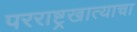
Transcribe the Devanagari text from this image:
परराष्ट्रखात्याचा